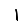
Digit: 1